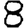
Digit: 8